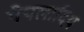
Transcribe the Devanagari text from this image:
पैपलादिय